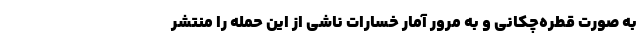
به صورت قطره‌چکانی و به مرور آمار خسارات ناشی از این حمله را منتشر